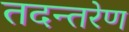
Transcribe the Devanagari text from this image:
तदन्तरेण